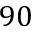
9 0